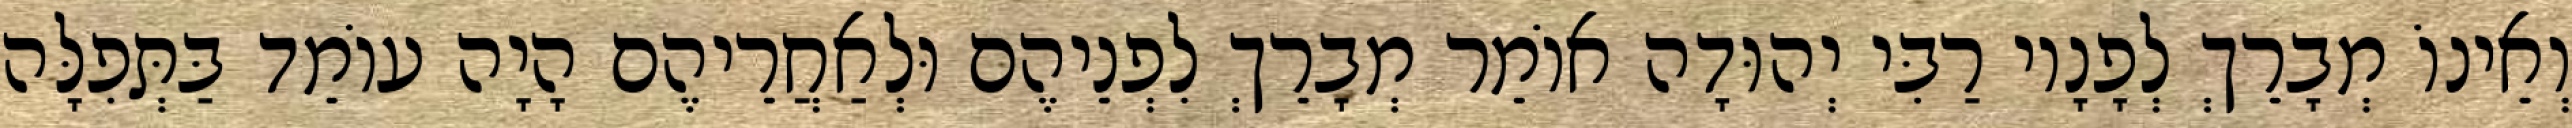
וְאֵינוֹ מְבָרֵךְ לְפָנָיו רַבִּי יְהוּדָה אוֹמֵר מְבָרֵךְ לִפְנֵיהֶם וּלְאַחֲרֵיהֶם הָיָה עוֹמֵד בַּתְּפִלָּה